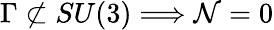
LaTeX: \Gamma\not\subset SU(3)\Longrightarrow{\cal N}=0